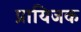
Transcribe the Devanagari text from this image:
प्रायिजक